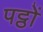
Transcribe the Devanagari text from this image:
पट्ठों